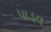
પાડવ